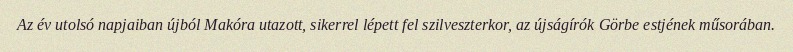
Az év utolsó napjaiban újból Makóra utazott, sikerrel lépett fel szilveszterkor, az újságírók Görbe estjének műsorában.